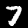
Digit: 7